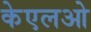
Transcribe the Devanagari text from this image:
केएलओ